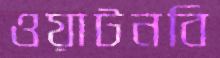
ওয়াটনবি